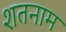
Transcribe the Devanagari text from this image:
शतनाम